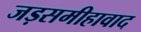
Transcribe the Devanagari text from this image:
जड़समीहावाद